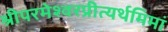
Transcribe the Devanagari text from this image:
श्रीपरमेश्वरप्रीत्यर्थमिमां